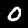
Label: 0